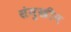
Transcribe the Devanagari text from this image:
संमुखीन